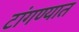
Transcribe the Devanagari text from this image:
टांगण्यात